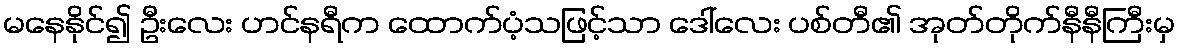
မနေနိုင်၍ ဦးလေး ဟင်နရီက ထောက်ပံ့သဖြင့်သာ ဒေါ်လေး ပစ်တီ၏ အုတ်တိုက်နီနီကြီးမှ